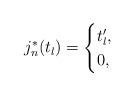
LaTeX: \begin{align*}j_n^*(t_l)=\begin{cases}t_l',& \\0, & \end{cases}\end{align*}